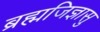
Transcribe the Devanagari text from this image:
ब्रह्मजिज्ञासु